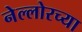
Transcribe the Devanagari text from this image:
नेल्लोरच्या